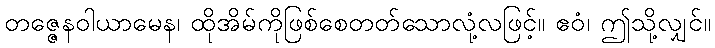
တဇ္ဇေနဝါယာမေန၊ ထိုအိမ်ကိုဖြစ်စေတတ်သောလုံ့လဖြင့်။ ဧဝံ၊ ဤသို့လျှင်။